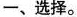
一、选择。